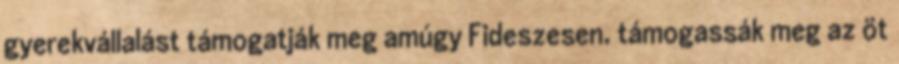
gyerekvállalást támogatják meg amúgy Fideszesen. támogassák meg az öt